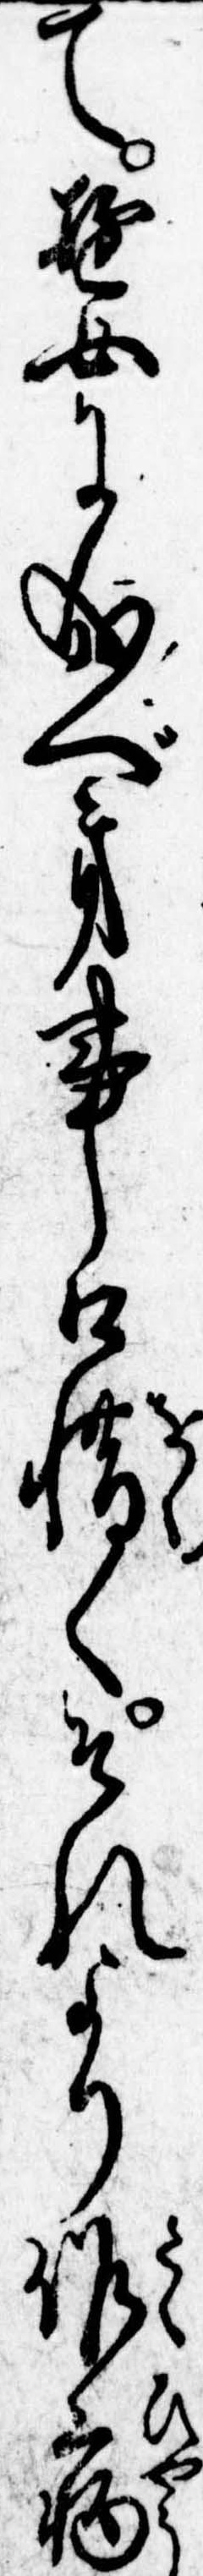
て遊女に成べき事口惜くそれより作病